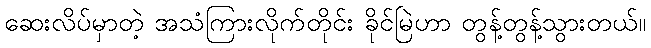
ဆေးလိပ်မှာတဲ့ အသံကြားလိုက်တိုင်း ခိုင်မြဲဟာ တွန့်တွန့်သွားတယ်။